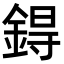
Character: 鍀